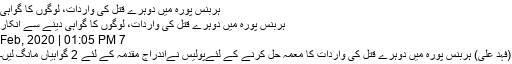
ہربنس پورہ میں دوہرے قتل کی واردات، لوگوں کا گواہی
ہربنس پورہ میں دوہرے قتل کی واردات، لوگوں کا گواہی دینے سے انکار
7 Feb, 2020 | 01:05 PM
(فہد علی) ہربنس پورہ میں دوہرے قتل کی واردات کا معمہ حل کرنے کے لئےپولیس نےاندراج مقدمہ کے لئے 2 گواہیاں مانگ لیں۔